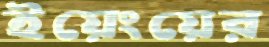
ইয়েংয়ের